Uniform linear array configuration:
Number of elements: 8
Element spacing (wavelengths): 0.75
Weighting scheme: uniform
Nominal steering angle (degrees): -30
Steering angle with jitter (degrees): -31.445
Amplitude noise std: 0.05
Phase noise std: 0.05

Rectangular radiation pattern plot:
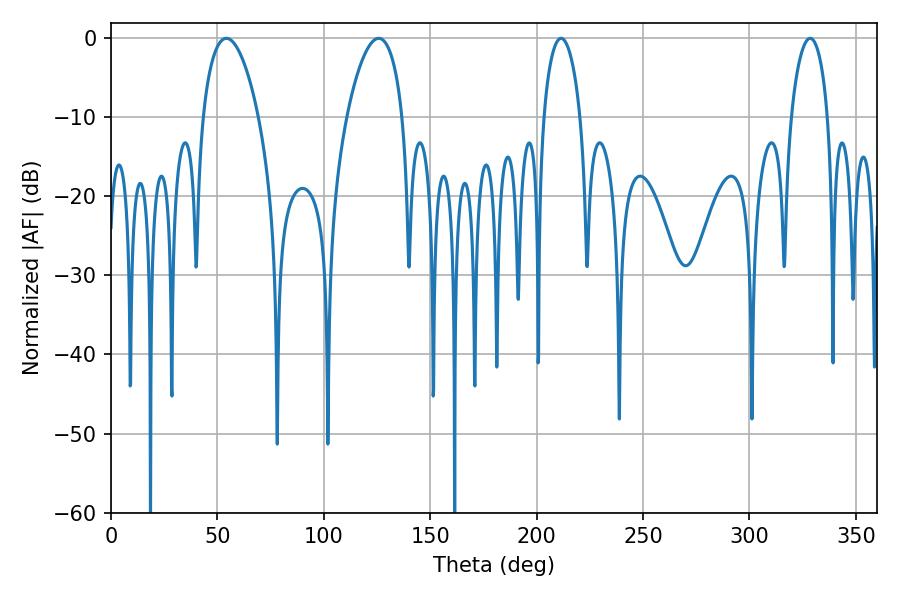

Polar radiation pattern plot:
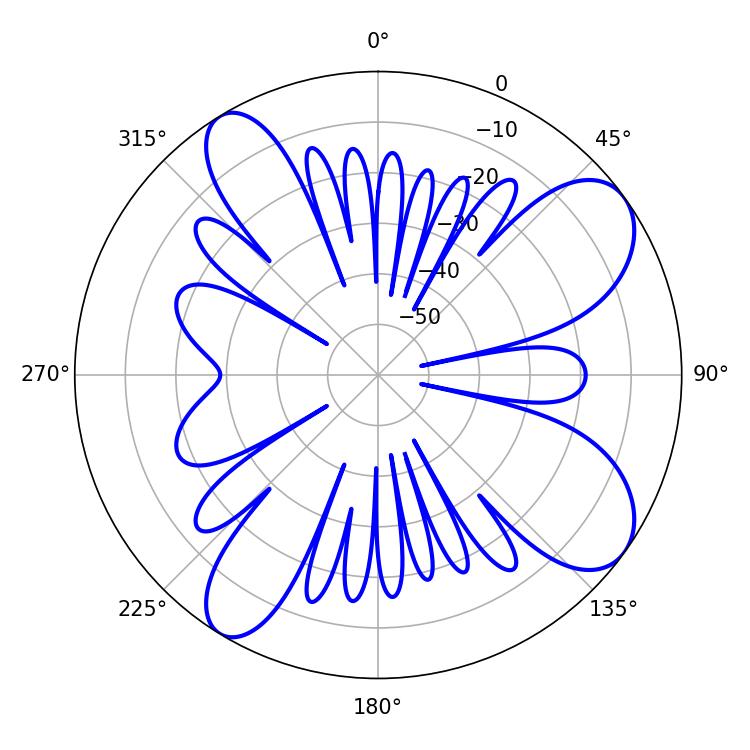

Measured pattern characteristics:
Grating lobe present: TRUE
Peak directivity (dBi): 9.14
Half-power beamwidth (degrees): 14.76
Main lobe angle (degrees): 54.18